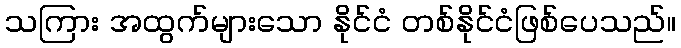
သကြား အထွက်များသော နိုင်ငံ တစ်နိုင်ငံဖြစ်ပေသည်။